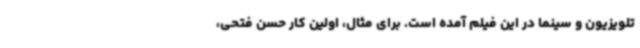
تلویزیون و سینما در این فیلم آمده است. برای مثال، اولین کار حسن فتحی،